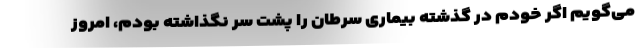
می‌گویم اگر خودم در گذشته بیماری سرطان را پشت سر نگذاشته بودم، امروز